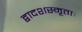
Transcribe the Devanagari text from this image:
द्वादशस्मृताः